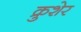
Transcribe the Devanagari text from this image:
क्रुशेर